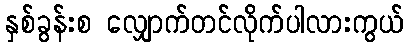
နှစ်ခွန်းစ လျှောက်တင်လိုက်ပါလားကွယ်